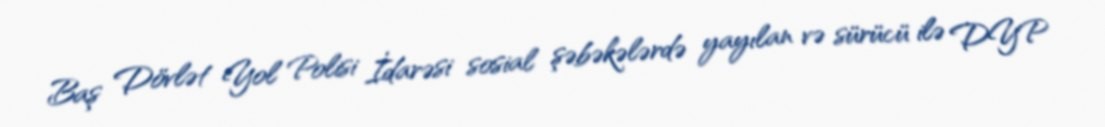
Baş Dövlət Yol Polisi İdarəsi sosial şəbəkələrdə yayılan və sürücü ilə DYP